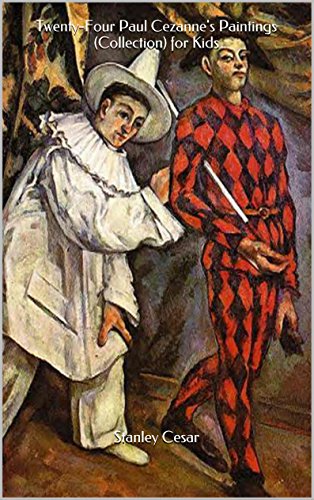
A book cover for Twenty-Four Paul Cezanne's Paintings (Collection) for Kids; Stanley Cesar; Sports & Outdoors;